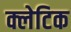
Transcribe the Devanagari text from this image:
क्लेटिक